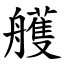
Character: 艧